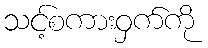
သင့်စကားဝှက်ကို